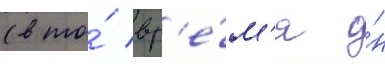
(в то́ вр'е́м'я о́н